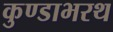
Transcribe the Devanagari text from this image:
कुण्डाभरथ